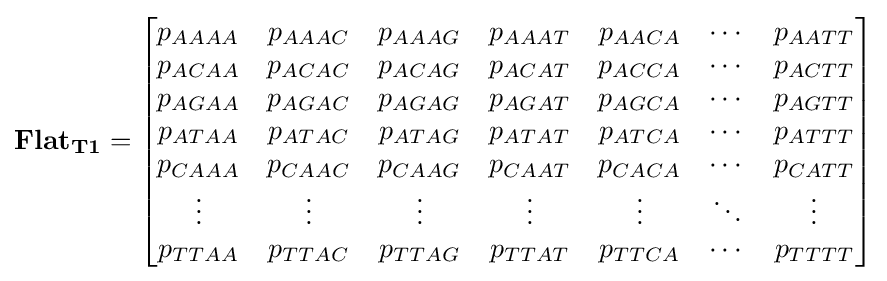
\mathbf {Flat_{T1}} ={\begin{bmatrix}p_{AAAA}&p_{AAAC}&p_{AAAG}&p_{AAAT}&p_{AACA}&\cdots &p_{AATT}\\p_{ACAA}&p_{ACAC}&p_{ACAG}&p_{ACAT}&p_{ACCA}&\cdots &p_{ACTT}\\p_{AGAA}&p_{AGAC}&p_{AGAG}&p_{AGAT}&p_{AGCA}&\cdots &p_{AGTT}\\p_{ATAA}&p_{ATAC}&p_{ATAG}&p_{ATAT}&p_{ATCA}&\cdots &p_{ATTT}\\p_{CAAA}&p_{CAAC}&p_{CAAG}&p_{CAAT}&p_{CACA}&\cdots &p_{CATT}\\\vdots &\vdots &\vdots &\vdots &\vdots &\ddots &\vdots \\p_{TTAA}&p_{TTAC}&p_{TTAG}&p_{TTAT}&p_{TTCA}&\cdots &p_{TTTT}\\\end{bmatrix}}